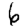
Digit: 6